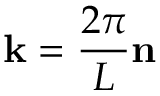
\mathbf { k } = \frac { 2 \pi } { L } \mathbf { n }